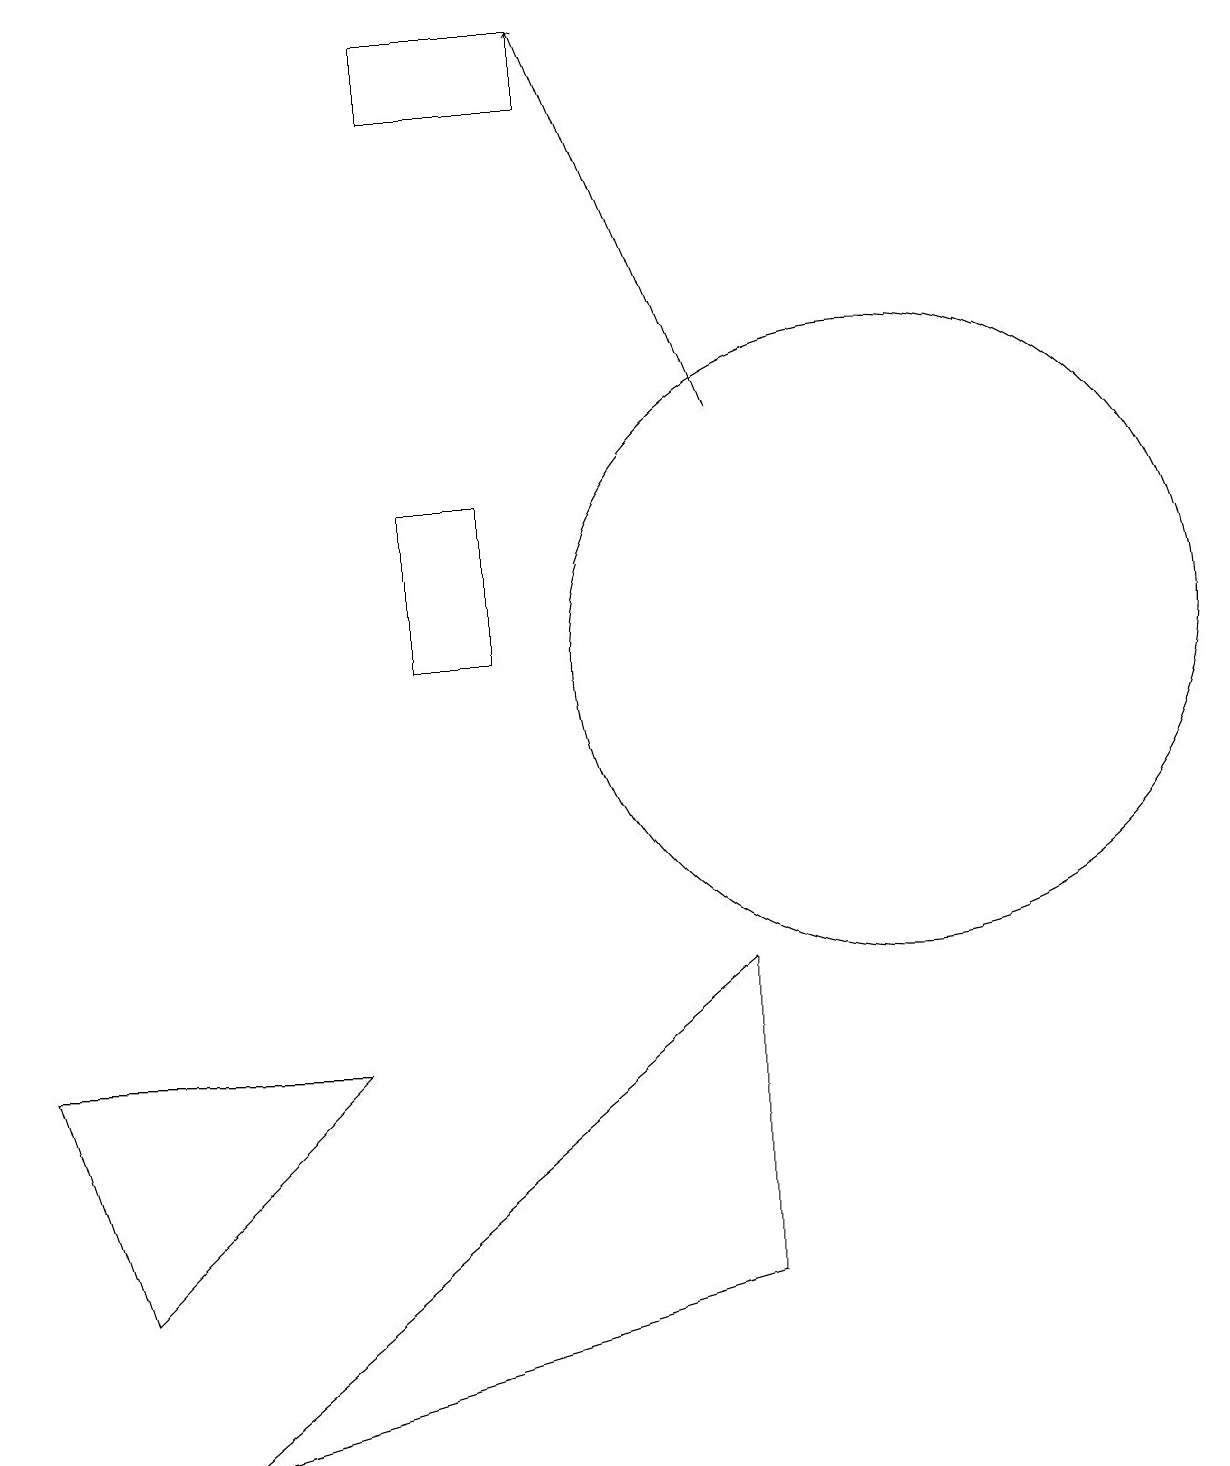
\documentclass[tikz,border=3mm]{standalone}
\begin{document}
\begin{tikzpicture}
\draw (7,18) rectangle (5,17);
\draw (11,10) circle (4);
\draw (9,2) -- (2,0) -- (9,6) -- cycle;
\draw[->] (9,13) -- (7,18);
\draw (1,2) -- (4,5) -- (0,5) -- cycle;
\draw (5,12) rectangle (6,10);
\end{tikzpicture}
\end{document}